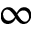
\infty